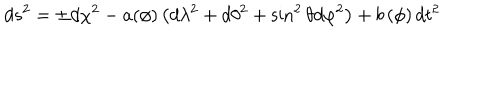
LaTeX: d s ^ { 2 } = \pm d \chi ^ { 2 } - a ( \phi ) \left( d \lambda ^ { 2 } + d \theta ^ { 2 } + \sin ^ { 2 } \theta d \varphi ^ { 2 } \right) + b \left( \phi \right) d t ^ { 2 }